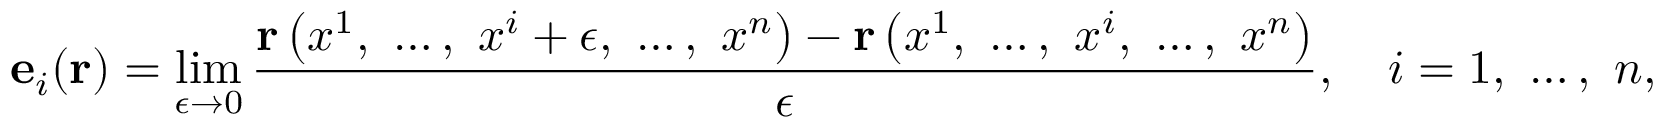
\mathbf { e } _ { i } ( \mathbf { r } ) = \operatorname* { l i m } _ { \epsilon \rightarrow 0 } { \frac { \mathbf { r } \left( x ^ { 1 } , \ \dots , \ x ^ { i } + \epsilon , \ \dots , \ x ^ { n } \right) - \mathbf { r } \left( x ^ { 1 } , \ \dots , \ x ^ { i } , \ \dots , \ x ^ { n } \right) } { \epsilon } } , \quad i = 1 , \ \dots , \ n ,